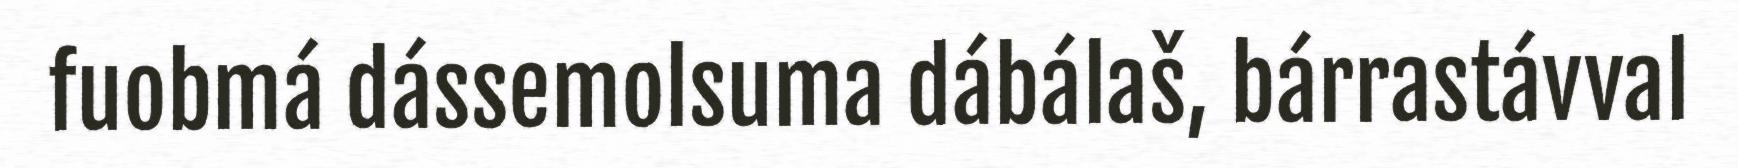
fuobmá dássemolsuma dábálaš, bárrastávval